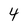
Character: 4